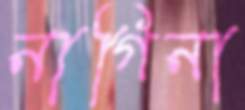
নাগিনা